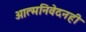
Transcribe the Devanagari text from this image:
आत्मनिवेदनही